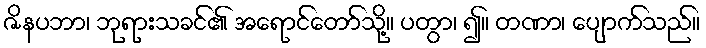
ဇိနပဘာ၊ ဘုရားသခင်၏ အရောင်တော်သို့။ ပတွာ၊ ၍။ တဏာ၊ ပျောက်သည်။